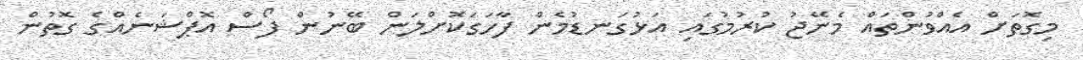
މިގޮތަށް އެއްވުންތައް މެނޭޖު ކުރުމުގައި އަޅުގަނޑުމެން ފާހަގަކޮށްލަން ބޭނުން ފޯސް އޮޕްޝަނެއްގެ ގޮތުން